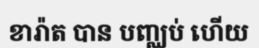
ខារ៉ាត បាន បញ្ឈប់ ហើយ